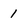
Character: 1